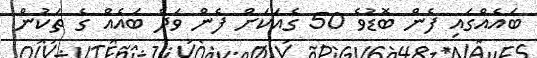
ބައެއްގައި ފެން ބޮޑުވެ 50 ގެއަކަށް ފެން ވަދެ ބައެއް ގެ ތަކުން